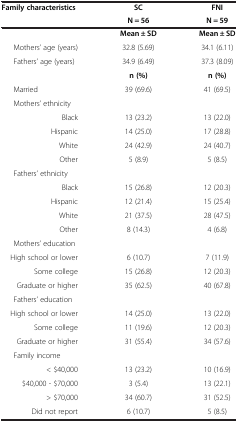
| Family characteristics | SC | FNI |
 |  | N = 56 | N = 59 |
 | --- | --- | --- |
 |  | Mean ± SD | Mean ± SD |
 | Mothers’ age (years) | 32.8 (5.69) | 34.1 (6.11) |
 | Fathers’ age (years) | 34.9 (6.49) | 37.3 (8.09) |
 |  | n (%) | n (%) |
 | Married | 39 (69.6) | 41 (69.5) |
 | Mothers’ ethnicity |  |  |
 | Black | 13 (23.2) | 13 (22.0) |
 | Hispanic | 14 (25.0) | 17 (28.8) |
 | White | 24 (42.9) | 24 (40.7) |
 | Other | 5 (8.9) | 5 (8.5) |
 | Fathers’ ethnicity |  |  |
 | Black | 15 (26.8) | 12 (20.3) |
 | Hispanic | 12 (21.4) | 15 (25.4) |
 | White | 21 (37.5) | 28 (47.5) |
 | Other | 8 (14.3) | 4 (6.8) |
 | Mothers’ education |  |  |
 | High school or lower | 6 (10.7) | 7 (11.9) |
 | Some college | 15 (26.8) | 12 (20.3) |
 | Graduate or higher | 35 (62.5) | 40 (67.8) |
 | Fathers’ education |  |  |
 | High school or lower | 14 (25.0) | 13 (22.0) |
 | Some college | 11 (19.6) | 12 (20.3) |
 | Graduate or higher | 31 (55.4) | 34 (57.6) |
 | Family income |  |  |
 | < $40,000 | 13 (23.2) | 10 (16.9) |
 | $40,000 - $70,000 | 3 (5.4) | 13 (22.1) |
 | > $70,000 | 34 (60.7) | 31 (52.5) |
 | Did not report | 6 (10.7) | 5 (8.5) |